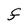
Character: F